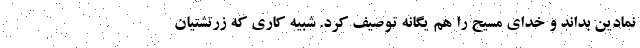
نمادین بداند و خدای مسیح را هم یگانه توصیف کرد. شبیه کاری که زرتشتیان